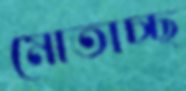
মোতাচ্ছ